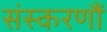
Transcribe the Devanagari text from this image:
संस्करणौं